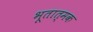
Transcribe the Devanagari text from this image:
भूतात्मक